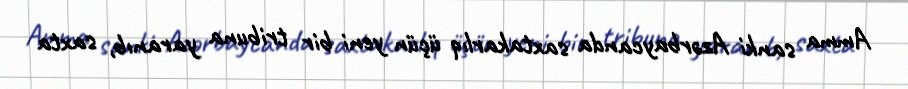
Amma sanki Azərbaycanda saxtakarlıq üçün yeni bir tribuna yaranıb, saxta